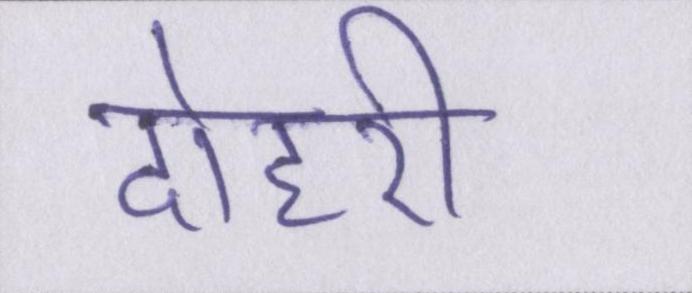
दोहरी